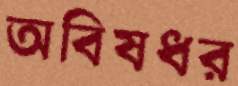
অবিষধর